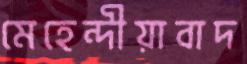
মেহেন্দীয়াবাদ